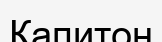
Капитон